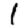
Digit: 1